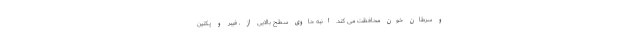
و سرطان خون محافظت می کند. انبه حاوی سطح بالایی از ، فیبر و پکتین